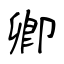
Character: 卿